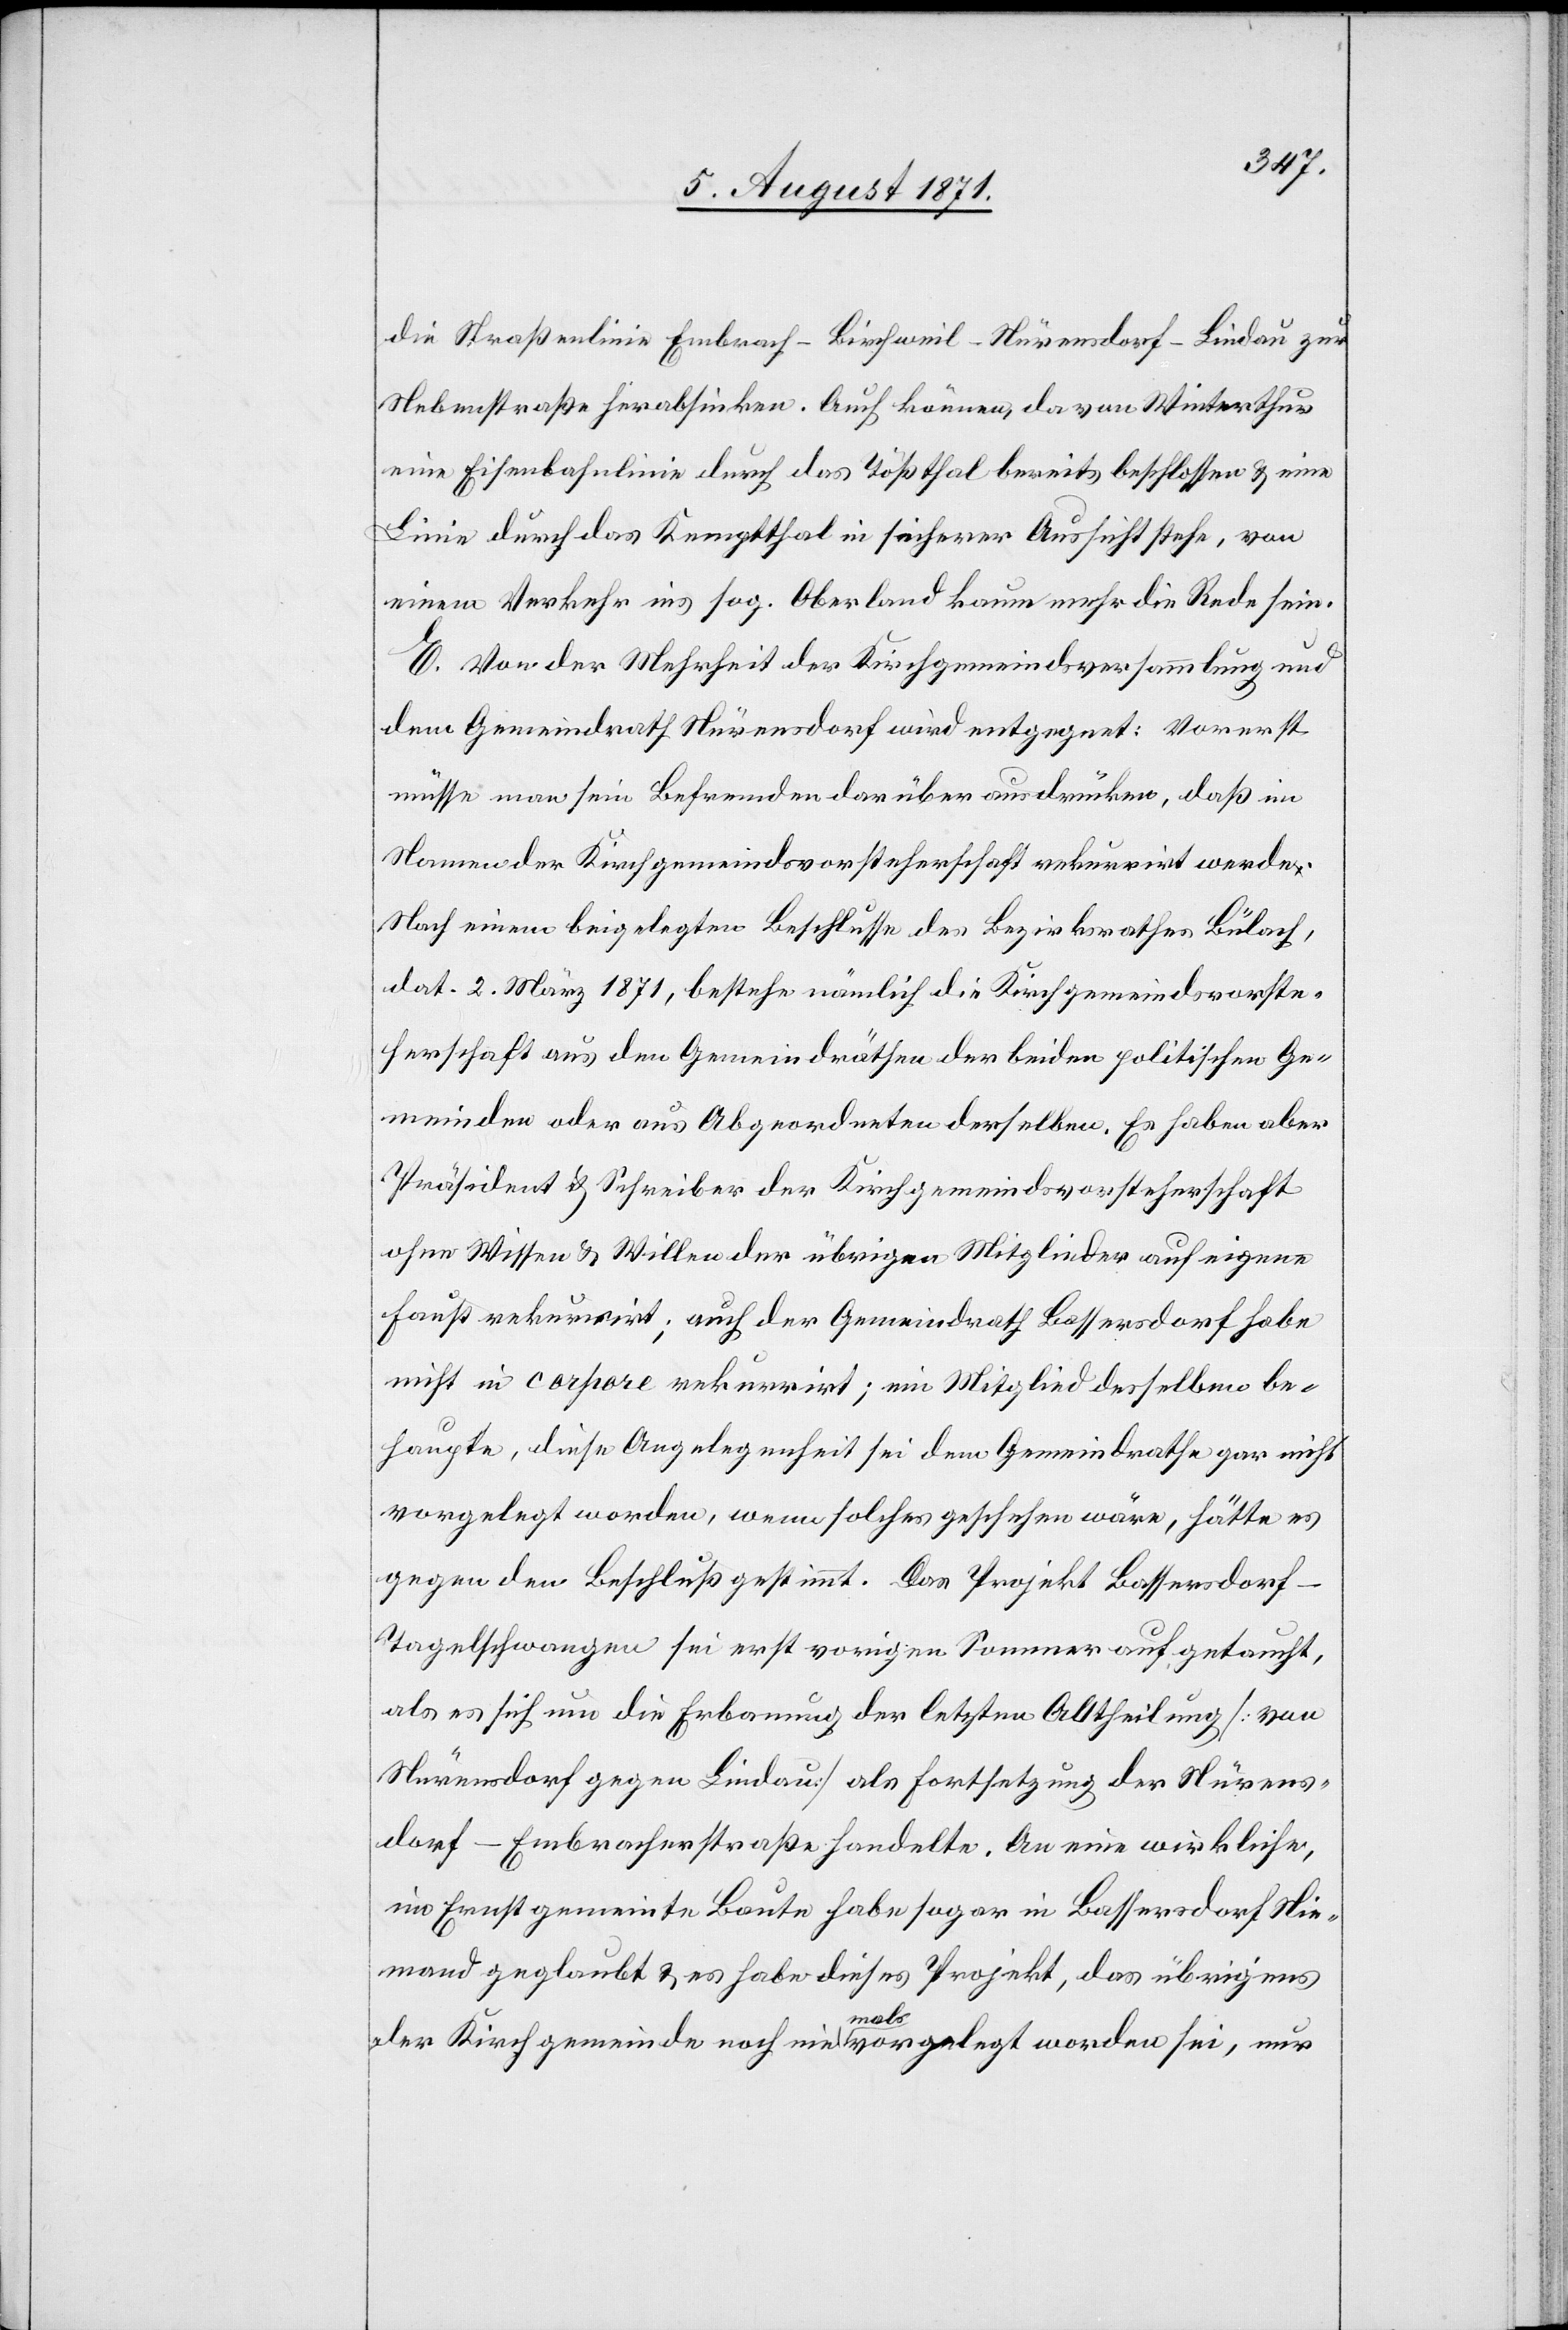
die Straßenlinie Embrach–Birchweil–Nürensdorf–Lindau zur
Nebenstraße herabsinken. Auch können, da von Winterthur
eine Eisenbahnlinie durch das Tößthal bereits beschlossen u. eine
Linie durch das Kemptthal in sicherer Aussicht stehe, von
einem Verkehr ins sog. Oberland kaum mehr die Rede sein.
E. Von der Mehrheit der Kirchgemeindsversammlung und
dem Gemeindrath Nürensdorf wird entgegnet: Vorerst
müsse man sein Befremden darüber ausdrücken, daß im
Namen der Kirchgemeindsvorsteherschaft rekurrirt werde.
Nach einem beigelegten Beschlusse des Bezirksrathes Bülach,
dat. 2. März 1871, bestehe nämlich die Kirchgemeindsvorste¬
herschaft aus den Gemeindräthen der beiden politischen Ge¬
meinden oder aus Abgeordneten derselben. Es haben aber
Präsident u. Schreiber der Kirchgemeindsvorsteherschaft
ohne Wissen u. Willen der übrigen Mitglieder auf eigene
Faust rekurrirt; auch der Gemeindrath Bassersdorf habe
nicht in corpore rekurrirt; ein Mitglied desselben be¬
haupte, diese Angelegenheit sei dem Gemeindrathe gar nicht
vorgelegt worden, wenn solches geschehen wäre, hätte es
gegen den Beschluß gestimmt. Das Projekt Bassersdorf–T¬
agelschwangen sei erst vorigen Sommer aufgetaucht,
als es sich um die Erbauung der letzten Abtheilung [von
Nürensdorf gegen Lindau] als Fortsetzung der Nürens¬
dorf–Embracherstraße handelte. An eine wirkliche,
im Ernst gemeinte Baute habe sogar in Bassersdorf Nie¬
mand geglaubt u. es habe dieses Projekt , das übrigens
der Kirchgemeinde noch niemals vorgelegt worden sei, nur